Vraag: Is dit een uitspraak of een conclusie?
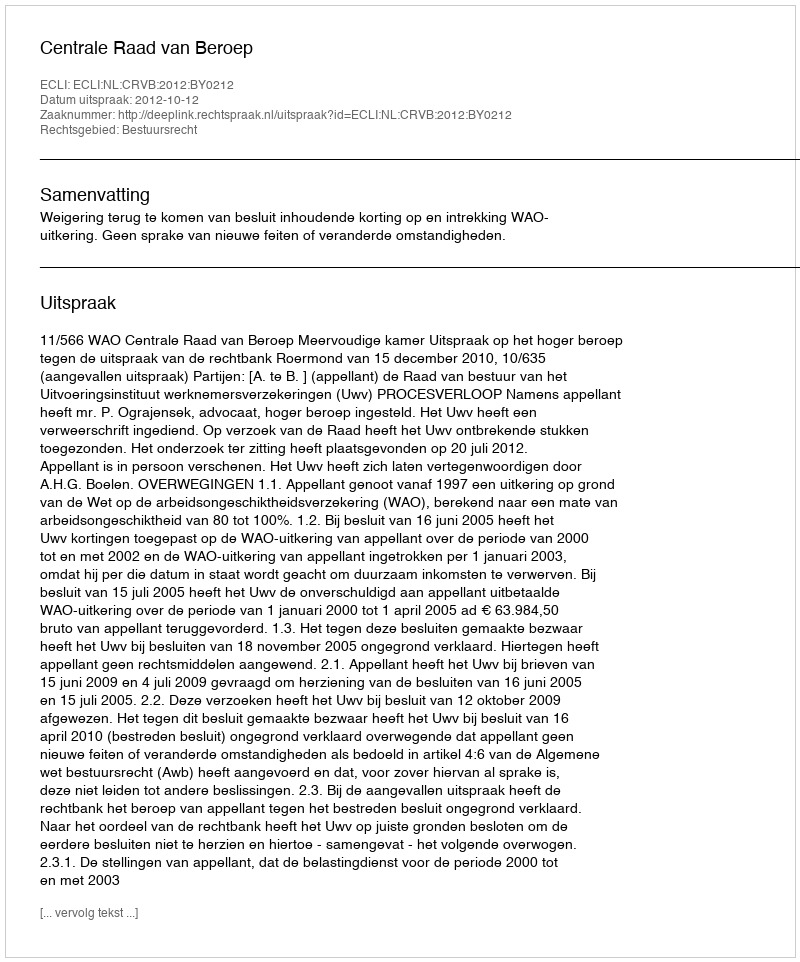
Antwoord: Uitspraak